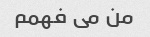
من می فهمم